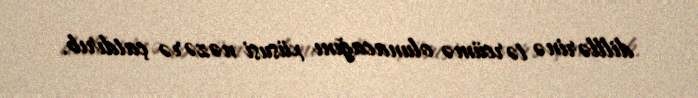
dilllərinə tərcümə olunacağını xüsusi nəzərə çatdırıb.